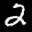
Label: 2